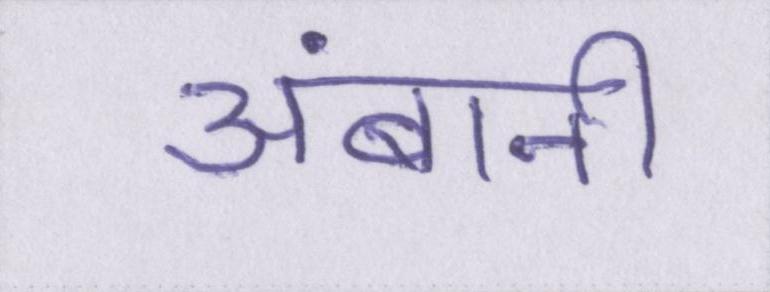
अंबानी